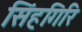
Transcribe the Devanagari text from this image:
सिंहगिरि